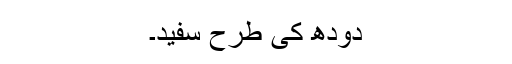
دودھ کی طرح سفید۔